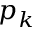
p _ { k }